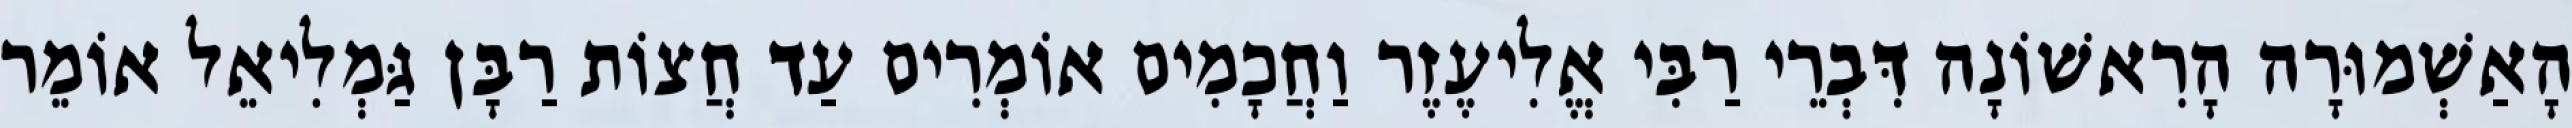
הָאַשְׁמוּרָה הָרִאשׁוֹנָה דִּבְרֵי רַבִּי אֱלִיעֶזֶר וַחֲכָמִים אוֹמְרִים עַד חֲצוֹת רַבָּן גַּמְלִיאֵל אוֹמֵר